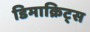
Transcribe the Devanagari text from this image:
डिमाक्रिट्स